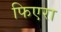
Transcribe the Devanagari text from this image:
फिएरा